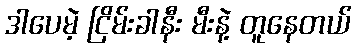
ဒါပေမဲ့ ငြိမ်းခါနီး မီးနဲ့ တူနေတယ်